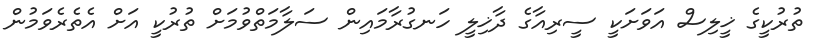
ތުރުކީގެ ޚީލިސް އަވަށަކީ ސީރިއާގެ ދާޚިލީ ހަނގުރާމައިން ސަލާމަތްވުމަށް ތުރުކީ އަށް އެތެރެވަމުން